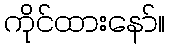
ကိုင်ထားနော်။